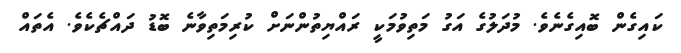
ކައިގެން ބޮއިގެނެވެ. މުދަލުގެ އަގު މަތިވުމަކީ ރައްޔިތުންނަށް ކުރިމަތިވާނެ ބޮޑު ދައްޗެކެވެ. އެތައް